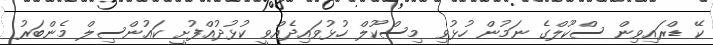
ކޭ ޑްރައިވިން ސްކޫލްގެ ނަމުން ހުޅުވި މިސްކޫލް ހުޅުވައިދެއްވީ ކުޅުދުއްފުށީ ކައުންސިލް މެންބަރު